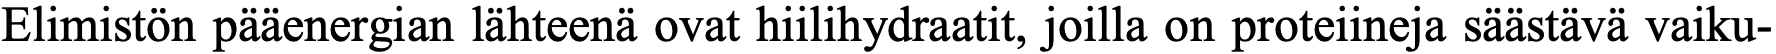
Elimistön pääenergian lähteenä ovat hiilihydraatit, joilla on proteiineja säästävä vaiku-